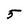
Character: 5